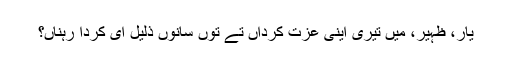
یار، ظہیر، میں تیری اینی عزت کرداں تے توں سانوں ذلیل ای کردا رہناں؟